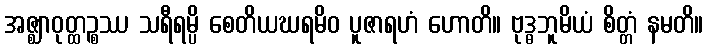
အဇ္ဈာဝုတ္ထဉ္စဿ သရီရမ္ပိ စေတိယဃရမိဝ ပူဇာရဟံ ဟောတိ။ ဗုဒ္ဓဘူမိယံ စိတ္တံ နမတိ။